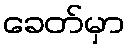
ခေတ်မှာ